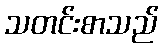
သတင်းစာသည်